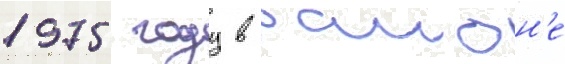
1975 году в раион'е